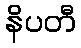
နိပတီ